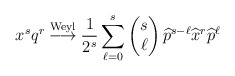
\begin{align*}x^{s}q^{r}\overset{\mathrm{Weyl}}{\longrightarrow}\frac{1}{2^{s}}\sum_{\ell=0}^{s}\begin{pmatrix}s\\\ell\end{pmatrix}\widehat{p}^{s-\ell}\widehat{x}^{r}\widehat{p}^{\ell} \end{align*}